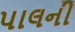
પાલની